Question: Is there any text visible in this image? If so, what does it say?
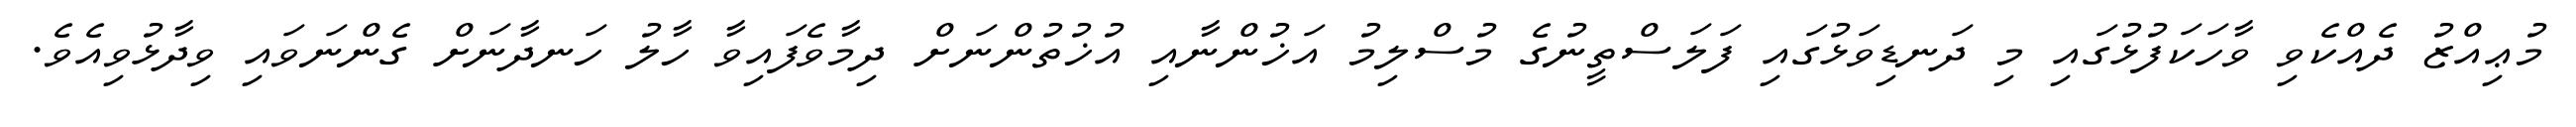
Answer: މުޢިއްޒު ދެއްކެވި ވާހަކަފުޅުގައި މި ދަނޑިވަޅުގައި ފަލަސްތީނުގެ މުސްލިމު އަޚުންނާއި އުޚުތުންނަށް ދިމާވެފައިވާ ހާލު ހަނދާނަށް ގެންނަވައި ވިދާޅުވިއެވެ.